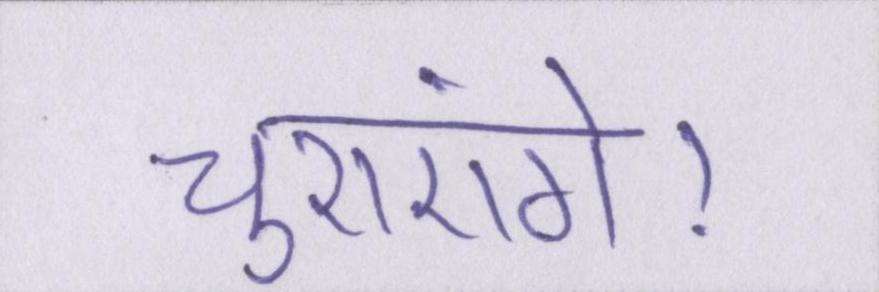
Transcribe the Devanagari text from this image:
चुराएंगे।